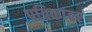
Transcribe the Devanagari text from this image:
पत्रिकांवर